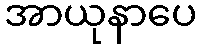
အာယုနာပေ